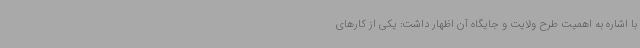
با اشاره به اهمیت طرح ولایت و جایگاه آن اظهار داشت: یکی از کارهای